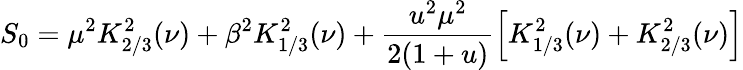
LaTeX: S_{0}=\mu^{2}K_{2/3}^{2}(\nu)+\beta^{2}K_{1/3}^{2}(\nu)+\frac{u^{2}\mu^{2}}{2(1+u)}\left[K_{1/3}^{2}(\nu)+K_{2/3}^{2}(\nu)\right]